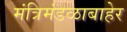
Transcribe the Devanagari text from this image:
मंत्रिमंडळाबाहेर